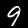
Label: 9